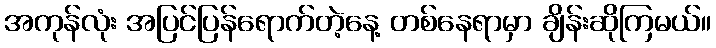
အကုန်လုံး အပြင်ပြန်ရောက်တဲ့နေ့ တစ်နေရာမှာ ချိန်းဆိုကြမယ်။